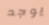
يوجد